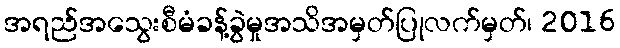
အရည်အသွေးစီမံခန့်ခွဲမှုအသိအမှတ်ပြုလက်မှတ်၊ 2016